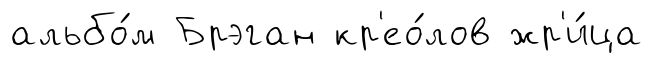
альбо́м Брэган кр'ео́лов жр'и́ца